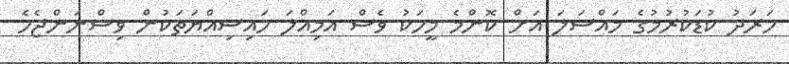
ހަރަދު ކުޑަކުރުމުގެ މައްސަލަ އަށް ކޮންމެ މީހަކު ވެސް އަމިއްލަ ހައިސިއްޔަތަކުން ވިސްނަންޖެހެ